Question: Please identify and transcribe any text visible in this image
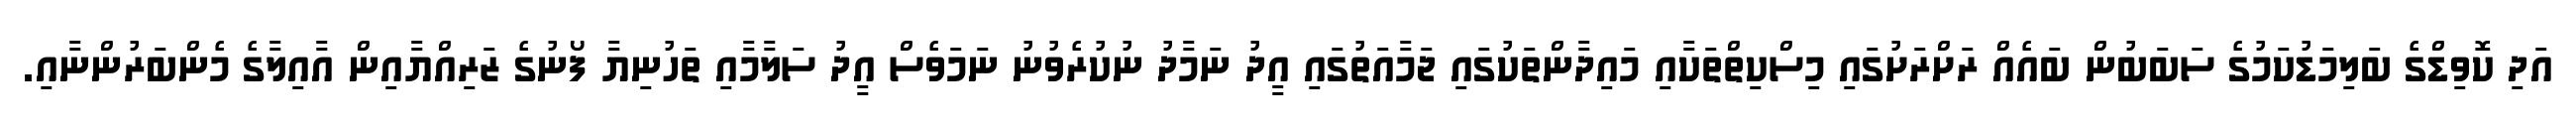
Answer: އަދި ކޮވިޑްގެ ބަލިމަޑުކަމުގެ ސަބަބުން ބައެއް ރަށްރަށުގައި މިސްކިތްތަކާއި މައިދާންތަކުގައި ޖަމާއަތުގައި އީދު ނަމާދު ނުކުރެވުނު ނަމަވެސް އީދު ސަލާމާއި ތަހުނިޔާ ފޯނުގެ ޒަރިއްޔާއިން އާއިލާގެ މެންބަރުންނާއި.